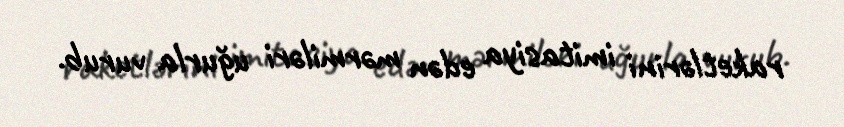
raketlərini imitasiya edən mərmiləri uğurla vurub.